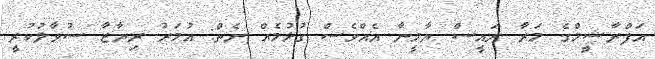
އަފްރާޝީމްގެ މަރާ ރައީސް ޔާމީނާ އެއްވެސް ގުޅުމެއް ނެތް: އުމަރު ރިޔާޒާ ސުވާލުކުރީ